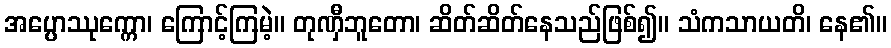
အပ္ပောဿုက္ကော၊ ကြောင့်ကြမဲ့။ တုဏှီဘူတော၊ ဆိတ်ဆိတ်နေသည်ဖြစ်၍။ သံကသာယတိ၊ နေ၏။